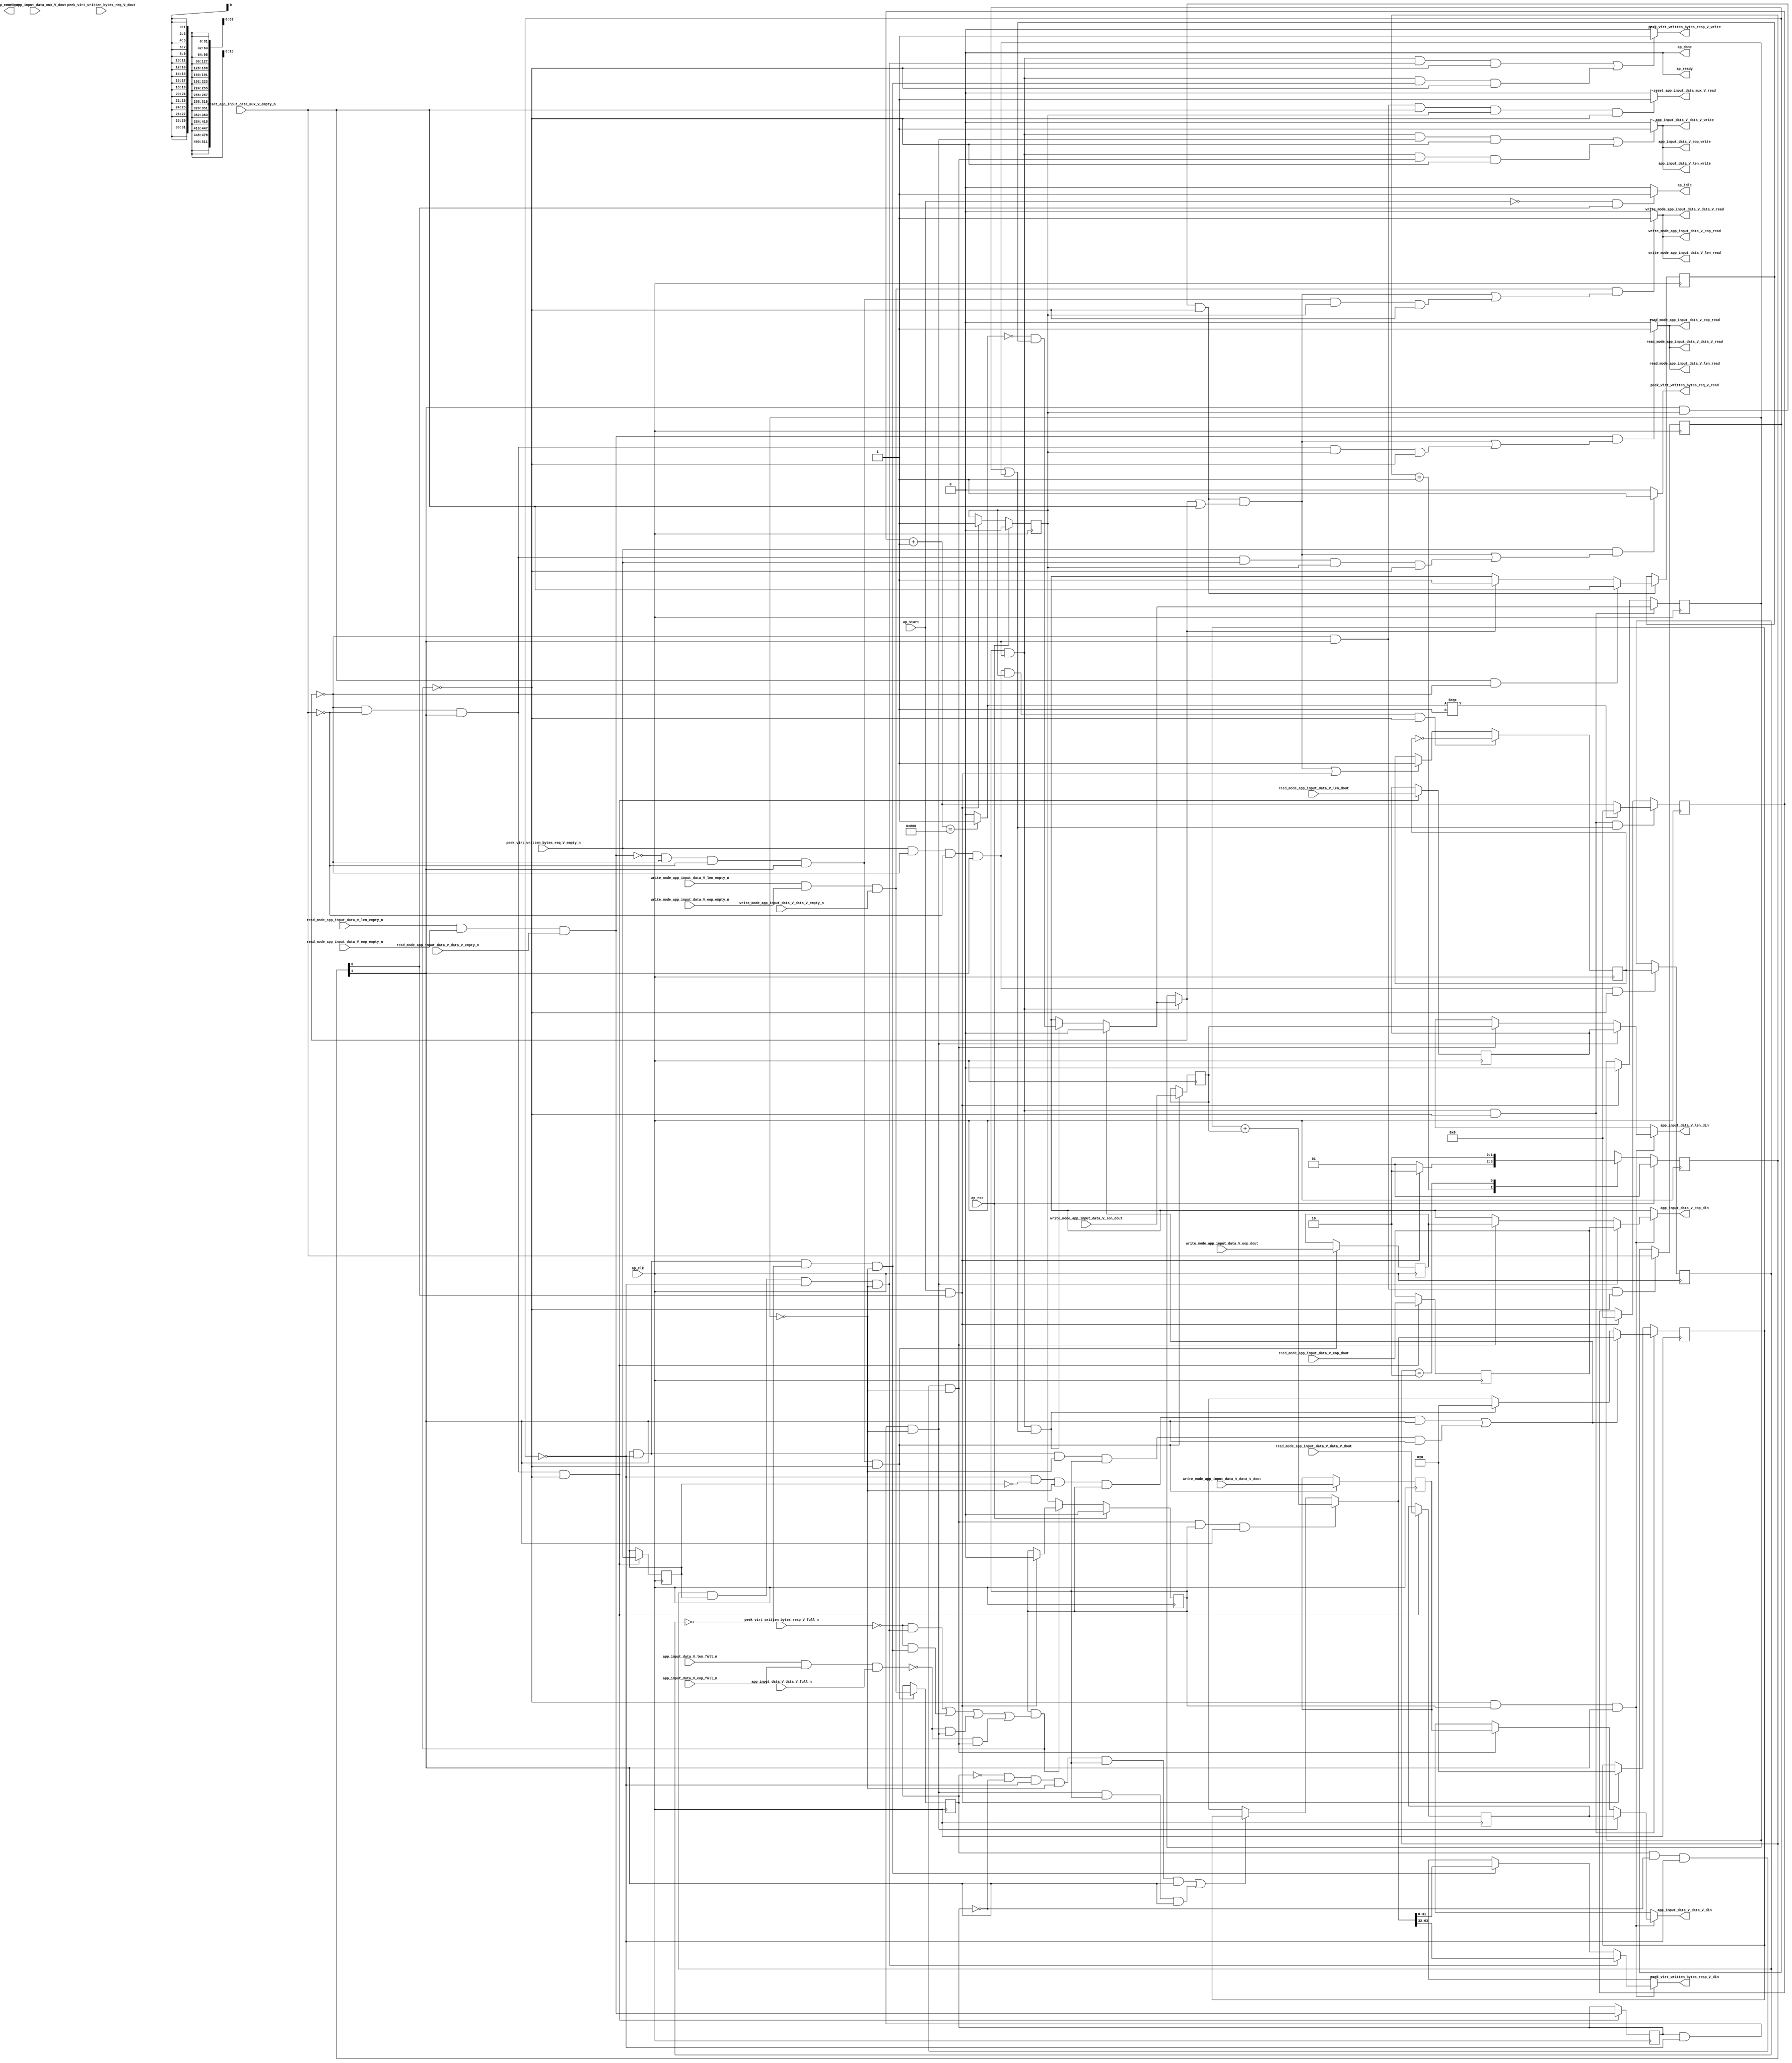
// ==============================================================
// RTL generated by Vivado(TM) HLS - High-Level Synthesis from C, C++ and SystemC
// Version: 2017.4.op
// Copyright (C) 1986-2018 Xilinx, Inc. All Rights Reserved.
// 
// ===========================================================

`timescale 1 ns / 1 ps 

(* CORE_GENERATION_INFO="app_input_data_mux,hls_ip_2017_4_op,{HLS_INPUT_TYPE=cxx,HLS_INPUT_FLOAT=0,HLS_INPUT_FIXED=0,HLS_INPUT_PART=xcvu9p-flgb2104-2-i,HLS_INPUT_CLOCK=4.000000,HLS_INPUT_ARCH=others,HLS_SYN_CLOCK=3.208000,HLS_SYN_LAT=-1,HLS_SYN_TPT=none,HLS_SYN_MEM=0,HLS_SYN_DSP=0,HLS_SYN_FF=1166,HLS_SYN_LUT=522}" *)

module app_input_data_mux (
        ap_clk,
        ap_rst,
        ap_start,
        ap_done,
ap_continue,
        ap_idle,
        ap_ready,
        read_mode_app_input_data_V_data_V_dout,
        read_mode_app_input_data_V_data_V_empty_n,
        read_mode_app_input_data_V_data_V_read,
        read_mode_app_input_data_V_len_dout,
        read_mode_app_input_data_V_len_empty_n,
        read_mode_app_input_data_V_len_read,
        read_mode_app_input_data_V_eop_dout,
        read_mode_app_input_data_V_eop_empty_n,
        read_mode_app_input_data_V_eop_read,
        write_mode_app_input_data_V_data_V_dout,
        write_mode_app_input_data_V_data_V_empty_n,
        write_mode_app_input_data_V_data_V_read,
        write_mode_app_input_data_V_len_dout,
        write_mode_app_input_data_V_len_empty_n,
        write_mode_app_input_data_V_len_read,
        write_mode_app_input_data_V_eop_dout,
        write_mode_app_input_data_V_eop_empty_n,
        write_mode_app_input_data_V_eop_read,
        app_input_data_V_data_V_din,
        app_input_data_V_data_V_full_n,
        app_input_data_V_data_V_write,
        app_input_data_V_len_din,
        app_input_data_V_len_full_n,
        app_input_data_V_len_write,
        app_input_data_V_eop_din,
        app_input_data_V_eop_full_n,
        app_input_data_V_eop_write,
        peek_virt_written_bytes_req_V_dout,
        peek_virt_written_bytes_req_V_empty_n,
        peek_virt_written_bytes_req_V_read,
        peek_virt_written_bytes_resp_V_din,
        peek_virt_written_bytes_resp_V_full_n,
        peek_virt_written_bytes_resp_V_write,
        reset_app_input_data_mux_V_dout,
        reset_app_input_data_mux_V_empty_n,
        reset_app_input_data_mux_V_read
);

parameter    ap_ST_fsm_state1 = 2'd1;
parameter    ap_ST_fsm_pp0_stage0 = 2'd2;

input   ap_clk;
input   ap_rst;
input   ap_start;
output   ap_done;
output   ap_idle;
output ap_ready; output ap_continue;
input  [511:0] read_mode_app_input_data_V_data_V_dout;
input   read_mode_app_input_data_V_data_V_empty_n;
output   read_mode_app_input_data_V_data_V_read;
input  [15:0] read_mode_app_input_data_V_len_dout;
input   read_mode_app_input_data_V_len_empty_n;
output   read_mode_app_input_data_V_len_read;
input   read_mode_app_input_data_V_eop_dout;
input   read_mode_app_input_data_V_eop_empty_n;
output   read_mode_app_input_data_V_eop_read;
input  [511:0] write_mode_app_input_data_V_data_V_dout;
input   write_mode_app_input_data_V_data_V_empty_n;
output   write_mode_app_input_data_V_data_V_read;
input  [15:0] write_mode_app_input_data_V_len_dout;
input   write_mode_app_input_data_V_len_empty_n;
output   write_mode_app_input_data_V_len_read;
input   write_mode_app_input_data_V_eop_dout;
input   write_mode_app_input_data_V_eop_empty_n;
output   write_mode_app_input_data_V_eop_read;
output  [511:0] app_input_data_V_data_V_din;
input   app_input_data_V_data_V_full_n;
output   app_input_data_V_data_V_write;
output  [15:0] app_input_data_V_len_din;
input   app_input_data_V_len_full_n;
output   app_input_data_V_len_write;
output   app_input_data_V_eop_din;
input   app_input_data_V_eop_full_n;
output   app_input_data_V_eop_write;
input  [31:0] peek_virt_written_bytes_req_V_dout;
input   peek_virt_written_bytes_req_V_empty_n;
output   peek_virt_written_bytes_req_V_read;
output  [31:0] peek_virt_written_bytes_resp_V_din;
input   peek_virt_written_bytes_resp_V_full_n;
output   peek_virt_written_bytes_resp_V_write;
input   reset_app_input_data_mux_V_dout;
input   reset_app_input_data_mux_V_empty_n;
output   reset_app_input_data_mux_V_read;

reg ap_idle;
reg[511:0] app_input_data_V_data_V_din;
reg[15:0] app_input_data_V_len_din;
reg app_input_data_V_eop_din;
reg peek_virt_written_bytes_req_V_read;
reg[31:0] peek_virt_written_bytes_resp_V_din;
reg peek_virt_written_bytes_resp_V_write;
reg reset_app_input_data_mux_V_read;

(* fsm_encoding = "none" *) reg   [1:0] ap_CS_fsm;
wire    ap_CS_fsm_state1;
reg    app_input_data_V_data_V_blk_n;
wire    ap_CS_fsm_pp0_stage0;
reg    ap_enable_reg_pp0_iter1;
wire    ap_block_pp0_stage0;
reg   [0:0] reset_reg_282;
reg   [0:0] empty_n_7_reg_508;
reg   [0:0] empty_n_4_reg_513;
reg   [0:0] empty_n_5_reg_532;
reg    app_input_data_V_len_blk_n;
reg    app_input_data_V_eop_blk_n;
reg    peek_virt_written_bytes_resp_V_blk_n;
reg   [0:0] empty_n_6_reg_552;
reg   [0:0] peek_first_half_load_1_reg_556;
reg   [63:0] virt_written_bytes_reg_294;
wire   [0:0] empty_n_7_fu_369_p1;
wire    ap_block_state2_pp0_stage0_iter0;
wire    app_input_data_V_len1_status;
reg    ap_predicate_op64_write_state3;
reg    ap_predicate_op68_write_state3;
reg    ap_predicate_op74_write_state3;
reg    ap_predicate_op77_write_state3;
reg    ap_block_state3_pp0_stage0_iter1;
reg    ap_block_pp0_stage0_11001;
reg   [0:0] ap_phi_mux_reset_phi_fu_286_p4;
wire   [0:0] empty_n_4_fu_373_p1;
reg   [511:0] tmp_data_V_reg_517;
reg   [15:0] tmp_len_reg_522;
reg   [0:0] tmp_eop_reg_527;
reg   [511:0] tmp_data_V_1_reg_536;
reg   [15:0] tmp_len_1_reg_541;
reg   [0:0] tmp_eop_1_reg_547;
wire   [0:0] empty_n_6_fu_405_p1;
reg    ap_enable_reg_pp0_iter0;
reg    ap_block_pp0_stage0_subdone;
reg   [0:0] ap_phi_mux_reset_3_phi_fu_332_p6;
reg   [63:0] ap_phi_mux_virt_written_bytes_3_phi_fu_347_p6;
reg   [63:0] ap_phi_mux_virt_written_bytes_2_phi_fu_308_p6;
wire   [63:0] ap_phi_reg_pp0_iter1_virt_written_bytes_2_reg_305;
wire   [63:0] virt_written_bytes_1_fu_429_p2;
wire   [0:0] ap_phi_reg_pp0_iter0_reset_1_reg_318;
reg   [0:0] ap_phi_reg_pp0_iter1_reset_1_reg_318;
wire   [0:0] p_reset_1_fu_473_p2;
wire   [0:0] ap_phi_reg_pp0_iter1_reset_3_reg_328;
wire   [63:0] ap_phi_reg_pp0_iter1_virt_written_bytes_3_reg_343;
reg    read_mode_app_input_data_V_len0_update;
wire   [0:0] grp_nbread_fu_236_p4_0;
reg    write_mode_app_input_data_V_len0_update;
wire   [0:0] grp_nbread_fu_246_p4_0;
reg    app_input_data_V_len1_update;
reg    ap_block_pp0_stage0_01001;
wire   [31:0] tmp_1_fu_436_p1;
reg   [31:0] reset_cnt_fu_222;
wire   [31:0] p_s_fu_480_p3;
reg   [0:0] peek_first_half_fu_226;
wire   [0:0] peek_first_half_1_fu_415_p2;
wire   [63:0] tmp_s_fu_426_p1;
wire   [31:0] reset_cnt_1_fu_455_p2;
wire   [0:0] tmp_5_fu_461_p2;
wire   [0:0] not_s_fu_467_p2;
reg   [1:0] ap_NS_fsm;
reg    ap_idle_pp0;
wire    ap_enable_pp0;
reg    ap_condition_210;
reg    ap_condition_278;

// power-on initialization
initial begin
#0 ap_CS_fsm = 2'd1;
#0 ap_enable_reg_pp0_iter1 = 1'b0;
#0 ap_enable_reg_pp0_iter0 = 1'b0;
end

always @ (posedge ap_clk) begin
    if (ap_rst == 1'b1) begin
        ap_CS_fsm <= ap_ST_fsm_state1;
    end else begin
        ap_CS_fsm <= ap_NS_fsm;
    end
end

always @ (posedge ap_clk) begin
    if (ap_rst == 1'b1) begin
        ap_enable_reg_pp0_iter0 <= 1'b0;
    end else begin
        if (((ap_start == 1'b1) & (1'b1 == ap_CS_fsm_state1))) begin
            ap_enable_reg_pp0_iter0 <= 1'b1;
        end
    end
end

always @ (posedge ap_clk) begin
    if (ap_rst == 1'b1) begin
        ap_enable_reg_pp0_iter1 <= 1'b0;
    end else begin
        if ((1'b0 == ap_block_pp0_stage0_subdone)) begin
            ap_enable_reg_pp0_iter1 <= ap_enable_reg_pp0_iter0;
        end else if (((ap_start == 1'b1) & (1'b1 == ap_CS_fsm_state1))) begin
            ap_enable_reg_pp0_iter1 <= 1'b0;
        end
    end
end

always @ (posedge ap_clk) begin
    if ((1'b1 == ap_condition_210)) begin
        if (((empty_n_7_fu_369_p1 == 1'd1) & (ap_phi_mux_reset_phi_fu_286_p4 == 1'd0))) begin
            ap_phi_reg_pp0_iter1_reset_1_reg_318 <= reset_app_input_data_mux_V_empty_n;
        end else if ((ap_phi_mux_reset_phi_fu_286_p4 == 1'd1)) begin
            ap_phi_reg_pp0_iter1_reset_1_reg_318 <= ap_phi_mux_reset_phi_fu_286_p4;
        end else if ((1'b1 == 1'b1)) begin
            ap_phi_reg_pp0_iter1_reset_1_reg_318 <= ap_phi_reg_pp0_iter0_reset_1_reg_318;
        end
    end
end

always @ (posedge ap_clk) begin
    if (((empty_n_6_fu_405_p1 == 1'd1) & (ap_phi_mux_reset_phi_fu_286_p4 == 1'd0) & (empty_n_7_fu_369_p1 == 1'd0) & (1'b1 == ap_CS_fsm_pp0_stage0) & (ap_enable_reg_pp0_iter0 == 1'b1) & (1'b0 == ap_block_pp0_stage0_11001))) begin
        peek_first_half_fu_226 <= peek_first_half_1_fu_415_p2;
    end else if ((((1'b1 == ap_CS_fsm_pp0_stage0) & (ap_enable_reg_pp0_iter0 == 1'b1) & (1'b0 == ap_block_pp0_stage0_11001) & ((ap_phi_mux_reset_phi_fu_286_p4 == 1'd1) | (empty_n_7_fu_369_p1 == 1'd1))) | ((ap_start == 1'b1) & (1'b1 == ap_CS_fsm_state1)))) begin
        peek_first_half_fu_226 <= 1'd1;
    end
end

always @ (posedge ap_clk) begin
    if (((ap_enable_reg_pp0_iter1 == 1'b1) & (1'b1 == ap_CS_fsm_pp0_stage0) & (1'b0 == ap_block_pp0_stage0_11001) & ((empty_n_7_reg_508 == 1'd1) | (reset_reg_282 == 1'd1)))) begin
        reset_cnt_fu_222 <= p_s_fu_480_p3;
    end else if (((ap_start == 1'b1) & (1'b1 == ap_CS_fsm_state1))) begin
        reset_cnt_fu_222 <= 32'd0;
    end
end

always @ (posedge ap_clk) begin
    if (((ap_enable_reg_pp0_iter1 == 1'b1) & (1'b1 == ap_CS_fsm_pp0_stage0) & (1'b0 == ap_block_pp0_stage0_11001))) begin
        reset_reg_282 <= ap_phi_mux_reset_3_phi_fu_332_p6;
    end else if (((ap_start == 1'b1) & (1'b1 == ap_CS_fsm_state1))) begin
        reset_reg_282 <= 1'd0;
    end
end

always @ (posedge ap_clk) begin
    if (((ap_enable_reg_pp0_iter1 == 1'b1) & (1'b1 == ap_CS_fsm_pp0_stage0) & (1'b0 == ap_block_pp0_stage0_11001))) begin
        virt_written_bytes_reg_294 <= ap_phi_mux_virt_written_bytes_3_phi_fu_347_p6;
    end else if (((ap_start == 1'b1) & (1'b1 == ap_CS_fsm_state1))) begin
        virt_written_bytes_reg_294 <= 64'd0;
    end
end

always @ (posedge ap_clk) begin
    if (((ap_phi_mux_reset_phi_fu_286_p4 == 1'd0) & (empty_n_7_fu_369_p1 == 1'd0) & (1'b1 == ap_CS_fsm_pp0_stage0) & (1'b0 == ap_block_pp0_stage0_11001))) begin
        empty_n_4_reg_513 <= grp_nbread_fu_236_p4_0;
        empty_n_6_reg_552 <= peek_virt_written_bytes_req_V_empty_n;
        tmp_data_V_reg_517 <= read_mode_app_input_data_V_data_V_dout;
        tmp_eop_reg_527 <= read_mode_app_input_data_V_eop_dout;
        tmp_len_reg_522 <= read_mode_app_input_data_V_len_dout;
    end
end

always @ (posedge ap_clk) begin
    if (((empty_n_4_fu_373_p1 == 1'd0) & (ap_phi_mux_reset_phi_fu_286_p4 == 1'd0) & (empty_n_7_fu_369_p1 == 1'd0) & (1'b1 == ap_CS_fsm_pp0_stage0) & (1'b0 == ap_block_pp0_stage0_11001))) begin
        empty_n_5_reg_532 <= grp_nbread_fu_246_p4_0;
        tmp_data_V_1_reg_536 <= write_mode_app_input_data_V_data_V_dout;
        tmp_eop_1_reg_547 <= write_mode_app_input_data_V_eop_dout;
        tmp_len_1_reg_541 <= write_mode_app_input_data_V_len_dout;
    end
end

always @ (posedge ap_clk) begin
    if (((ap_phi_mux_reset_phi_fu_286_p4 == 1'd0) & (1'b1 == ap_CS_fsm_pp0_stage0) & (1'b0 == ap_block_pp0_stage0_11001))) begin
        empty_n_7_reg_508 <= reset_app_input_data_mux_V_empty_n;
    end
end

always @ (posedge ap_clk) begin
    if (((empty_n_6_fu_405_p1 == 1'd1) & (ap_phi_mux_reset_phi_fu_286_p4 == 1'd0) & (empty_n_7_fu_369_p1 == 1'd0) & (1'b1 == ap_CS_fsm_pp0_stage0) & (1'b0 == ap_block_pp0_stage0_11001))) begin
        peek_first_half_load_1_reg_556 <= peek_first_half_fu_226;
    end
end

always @ (*) begin
    if (((ap_start == 1'b0) & (1'b1 == ap_CS_fsm_state1))) begin
        ap_idle = 1'b1;
    end else begin
        ap_idle = 1'b0;
    end
end

always @ (*) begin
    if (((ap_enable_reg_pp0_iter1 == 1'b0) & (ap_enable_reg_pp0_iter0 == 1'b0))) begin
        ap_idle_pp0 = 1'b1;
    end else begin
        ap_idle_pp0 = 1'b0;
    end
end

always @ (*) begin
    if ((((empty_n_7_reg_508 == 1'd0) & (empty_n_6_reg_552 == 1'd0) & (reset_reg_282 == 1'd0) & (1'b0 == ap_block_pp0_stage0) & (ap_enable_reg_pp0_iter1 == 1'b1) & (1'b1 == ap_CS_fsm_pp0_stage0)) | ((empty_n_6_reg_552 == 1'd1) & (empty_n_7_reg_508 == 1'd0) & (reset_reg_282 == 1'd0) & (1'b0 == ap_block_pp0_stage0) & (ap_enable_reg_pp0_iter1 == 1'b1) & (1'b1 == ap_CS_fsm_pp0_stage0)))) begin
        ap_phi_mux_reset_3_phi_fu_332_p6 = 1'd0;
    end else if (((1'b0 == ap_block_pp0_stage0) & (ap_enable_reg_pp0_iter1 == 1'b1) & (1'b1 == ap_CS_fsm_pp0_stage0) & ((empty_n_7_reg_508 == 1'd1) | (reset_reg_282 == 1'd1)))) begin
        ap_phi_mux_reset_3_phi_fu_332_p6 = p_reset_1_fu_473_p2;
    end else begin
        ap_phi_mux_reset_3_phi_fu_332_p6 = ap_phi_reg_pp0_iter1_reset_3_reg_328;
    end
end

always @ (*) begin
    if (((1'b0 == ap_block_pp0_stage0) & (ap_enable_reg_pp0_iter1 == 1'b1) & (1'b1 == ap_CS_fsm_pp0_stage0))) begin
        ap_phi_mux_reset_phi_fu_286_p4 = ap_phi_mux_reset_3_phi_fu_332_p6;
    end else begin
        ap_phi_mux_reset_phi_fu_286_p4 = reset_reg_282;
    end
end

always @ (*) begin
    if (((empty_n_5_reg_532 == 1'd1) & (empty_n_4_reg_513 == 1'd0) & (empty_n_7_reg_508 == 1'd0) & (reset_reg_282 == 1'd0) & (1'b0 == ap_block_pp0_stage0) & (ap_enable_reg_pp0_iter1 == 1'b1) & (1'b1 == ap_CS_fsm_pp0_stage0))) begin
        ap_phi_mux_virt_written_bytes_2_phi_fu_308_p6 = virt_written_bytes_1_fu_429_p2;
    end else if ((((empty_n_5_reg_532 == 1'd0) & (empty_n_4_reg_513 == 1'd0) & (empty_n_7_reg_508 == 1'd0) & (reset_reg_282 == 1'd0) & (1'b0 == ap_block_pp0_stage0) & (ap_enable_reg_pp0_iter1 == 1'b1) & (1'b1 == ap_CS_fsm_pp0_stage0)) | ((empty_n_4_reg_513 == 1'd1) & (empty_n_7_reg_508 == 1'd0) & (reset_reg_282 == 1'd0) & (1'b0 == ap_block_pp0_stage0) & (ap_enable_reg_pp0_iter1 == 1'b1) & (1'b1 == ap_CS_fsm_pp0_stage0)))) begin
        ap_phi_mux_virt_written_bytes_2_phi_fu_308_p6 = virt_written_bytes_reg_294;
    end else begin
        ap_phi_mux_virt_written_bytes_2_phi_fu_308_p6 = ap_phi_reg_pp0_iter1_virt_written_bytes_2_reg_305;
    end
end

always @ (*) begin
    if ((((empty_n_7_reg_508 == 1'd0) & (empty_n_6_reg_552 == 1'd0) & (reset_reg_282 == 1'd0) & (1'b0 == ap_block_pp0_stage0) & (ap_enable_reg_pp0_iter1 == 1'b1) & (1'b1 == ap_CS_fsm_pp0_stage0)) | ((empty_n_6_reg_552 == 1'd1) & (empty_n_7_reg_508 == 1'd0) & (reset_reg_282 == 1'd0) & (1'b0 == ap_block_pp0_stage0) & (ap_enable_reg_pp0_iter1 == 1'b1) & (1'b1 == ap_CS_fsm_pp0_stage0)))) begin
        ap_phi_mux_virt_written_bytes_3_phi_fu_347_p6 = ap_phi_mux_virt_written_bytes_2_phi_fu_308_p6;
    end else if (((1'b0 == ap_block_pp0_stage0) & (ap_enable_reg_pp0_iter1 == 1'b1) & (1'b1 == ap_CS_fsm_pp0_stage0) & ((empty_n_7_reg_508 == 1'd1) | (reset_reg_282 == 1'd1)))) begin
        ap_phi_mux_virt_written_bytes_3_phi_fu_347_p6 = 64'd0;
    end else begin
        ap_phi_mux_virt_written_bytes_3_phi_fu_347_p6 = ap_phi_reg_pp0_iter1_virt_written_bytes_3_reg_343;
    end
end

always @ (*) begin
    if ((((empty_n_5_reg_532 == 1'd1) & (empty_n_4_reg_513 == 1'd0) & (empty_n_7_reg_508 == 1'd0) & (reset_reg_282 == 1'd0) & (1'b0 == ap_block_pp0_stage0) & (ap_enable_reg_pp0_iter1 == 1'b1) & (1'b1 == ap_CS_fsm_pp0_stage0)) | ((empty_n_4_reg_513 == 1'd1) & (empty_n_7_reg_508 == 1'd0) & (reset_reg_282 == 1'd0) & (1'b0 == ap_block_pp0_stage0) & (ap_enable_reg_pp0_iter1 == 1'b1) & (1'b1 == ap_CS_fsm_pp0_stage0)))) begin
        app_input_data_V_data_V_blk_n = app_input_data_V_data_V_full_n;
    end else begin
        app_input_data_V_data_V_blk_n = 1'b1;
    end
end

always @ (*) begin
    if ((1'b1 == ap_condition_278)) begin
        if ((ap_predicate_op68_write_state3 == 1'b1)) begin
            app_input_data_V_data_V_din = tmp_data_V_reg_517;
        end else if ((ap_predicate_op64_write_state3 == 1'b1)) begin
            app_input_data_V_data_V_din = tmp_data_V_1_reg_536;
        end else begin
            app_input_data_V_data_V_din = 'bx;
        end
    end else begin
        app_input_data_V_data_V_din = 'bx;
    end
end

always @ (*) begin
    if ((((empty_n_5_reg_532 == 1'd1) & (empty_n_4_reg_513 == 1'd0) & (empty_n_7_reg_508 == 1'd0) & (reset_reg_282 == 1'd0) & (1'b0 == ap_block_pp0_stage0) & (ap_enable_reg_pp0_iter1 == 1'b1) & (1'b1 == ap_CS_fsm_pp0_stage0)) | ((empty_n_4_reg_513 == 1'd1) & (empty_n_7_reg_508 == 1'd0) & (reset_reg_282 == 1'd0) & (1'b0 == ap_block_pp0_stage0) & (ap_enable_reg_pp0_iter1 == 1'b1) & (1'b1 == ap_CS_fsm_pp0_stage0)))) begin
        app_input_data_V_eop_blk_n = app_input_data_V_eop_full_n;
    end else begin
        app_input_data_V_eop_blk_n = 1'b1;
    end
end

always @ (*) begin
    if ((1'b1 == ap_condition_278)) begin
        if ((ap_predicate_op68_write_state3 == 1'b1)) begin
            app_input_data_V_eop_din = tmp_eop_reg_527;
        end else if ((ap_predicate_op64_write_state3 == 1'b1)) begin
            app_input_data_V_eop_din = tmp_eop_1_reg_547;
        end else begin
            app_input_data_V_eop_din = 'bx;
        end
    end else begin
        app_input_data_V_eop_din = 'bx;
    end
end

always @ (*) begin
    if ((((ap_enable_reg_pp0_iter1 == 1'b1) & (1'b1 == ap_CS_fsm_pp0_stage0) & (ap_predicate_op68_write_state3 == 1'b1) & (1'b0 == ap_block_pp0_stage0_11001)) | ((ap_enable_reg_pp0_iter1 == 1'b1) & (1'b1 == ap_CS_fsm_pp0_stage0) & (ap_predicate_op64_write_state3 == 1'b1) & (1'b0 == ap_block_pp0_stage0_11001)))) begin
        app_input_data_V_len1_update = 1'b1;
    end else begin
        app_input_data_V_len1_update = 1'b0;
    end
end

always @ (*) begin
    if ((((empty_n_5_reg_532 == 1'd1) & (empty_n_4_reg_513 == 1'd0) & (empty_n_7_reg_508 == 1'd0) & (reset_reg_282 == 1'd0) & (1'b0 == ap_block_pp0_stage0) & (ap_enable_reg_pp0_iter1 == 1'b1) & (1'b1 == ap_CS_fsm_pp0_stage0)) | ((empty_n_4_reg_513 == 1'd1) & (empty_n_7_reg_508 == 1'd0) & (reset_reg_282 == 1'd0) & (1'b0 == ap_block_pp0_stage0) & (ap_enable_reg_pp0_iter1 == 1'b1) & (1'b1 == ap_CS_fsm_pp0_stage0)))) begin
        app_input_data_V_len_blk_n = app_input_data_V_len_full_n;
    end else begin
        app_input_data_V_len_blk_n = 1'b1;
    end
end

always @ (*) begin
    if ((1'b1 == ap_condition_278)) begin
        if ((ap_predicate_op68_write_state3 == 1'b1)) begin
            app_input_data_V_len_din = tmp_len_reg_522;
        end else if ((ap_predicate_op64_write_state3 == 1'b1)) begin
            app_input_data_V_len_din = tmp_len_1_reg_541;
        end else begin
            app_input_data_V_len_din = 'bx;
        end
    end else begin
        app_input_data_V_len_din = 'bx;
    end
end

always @ (*) begin
    if (((peek_virt_written_bytes_req_V_empty_n == 1'b1) & (((1'b1 == ap_CS_fsm_pp0_stage0) & (ap_enable_reg_pp0_iter0 == 1'b1) & (1'b0 == ap_block_pp0_stage0_11001) & ((ap_phi_mux_reset_phi_fu_286_p4 == 1'd1) | (empty_n_7_fu_369_p1 == 1'd1))) | ((ap_phi_mux_reset_phi_fu_286_p4 == 1'd0) & (empty_n_7_fu_369_p1 == 1'd0) & (1'b1 == ap_CS_fsm_pp0_stage0) & (peek_virt_written_bytes_req_V_empty_n == 1'b1) & (ap_enable_reg_pp0_iter0 == 1'b1) & (1'b0 == ap_block_pp0_stage0_11001))))) begin
        peek_virt_written_bytes_req_V_read = 1'b1;
    end else begin
        peek_virt_written_bytes_req_V_read = 1'b0;
    end
end

always @ (*) begin
    if ((((empty_n_6_reg_552 == 1'd1) & (empty_n_7_reg_508 == 1'd0) & (peek_first_half_load_1_reg_556 == 1'd0) & (reset_reg_282 == 1'd0) & (1'b0 == ap_block_pp0_stage0) & (ap_enable_reg_pp0_iter1 == 1'b1) & (1'b1 == ap_CS_fsm_pp0_stage0)) | ((peek_first_half_load_1_reg_556 == 1'd1) & (empty_n_6_reg_552 == 1'd1) & (empty_n_7_reg_508 == 1'd0) & (reset_reg_282 == 1'd0) & (1'b0 == ap_block_pp0_stage0) & (ap_enable_reg_pp0_iter1 == 1'b1) & (1'b1 == ap_CS_fsm_pp0_stage0)))) begin
        peek_virt_written_bytes_resp_V_blk_n = peek_virt_written_bytes_resp_V_full_n;
    end else begin
        peek_virt_written_bytes_resp_V_blk_n = 1'b1;
    end
end

always @ (*) begin
    if ((1'b1 == ap_condition_278)) begin
        if ((ap_predicate_op77_write_state3 == 1'b1)) begin
            peek_virt_written_bytes_resp_V_din = {{ap_phi_mux_virt_written_bytes_2_phi_fu_308_p6[63:32]}};
        end else if ((ap_predicate_op74_write_state3 == 1'b1)) begin
            peek_virt_written_bytes_resp_V_din = tmp_1_fu_436_p1;
        end else begin
            peek_virt_written_bytes_resp_V_din = 'bx;
        end
    end else begin
        peek_virt_written_bytes_resp_V_din = 'bx;
    end
end

always @ (*) begin
    if ((((ap_enable_reg_pp0_iter1 == 1'b1) & (1'b1 == ap_CS_fsm_pp0_stage0) & (ap_predicate_op77_write_state3 == 1'b1) & (1'b0 == ap_block_pp0_stage0_11001)) | ((ap_enable_reg_pp0_iter1 == 1'b1) & (1'b1 == ap_CS_fsm_pp0_stage0) & (ap_predicate_op74_write_state3 == 1'b1) & (1'b0 == ap_block_pp0_stage0_11001)))) begin
        peek_virt_written_bytes_resp_V_write = 1'b1;
    end else begin
        peek_virt_written_bytes_resp_V_write = 1'b0;
    end
end

always @ (*) begin
    if ((((read_mode_app_input_data_V_len_empty_n & read_mode_app_input_data_V_eop_empty_n & read_mode_app_input_data_V_data_V_empty_n) == 1'b1) & (((1'b1 == ap_CS_fsm_pp0_stage0) & (ap_enable_reg_pp0_iter0 == 1'b1) & (1'b0 == ap_block_pp0_stage0_11001) & ((ap_phi_mux_reset_phi_fu_286_p4 == 1'd1) | (empty_n_7_fu_369_p1 == 1'd1))) | ((ap_phi_mux_reset_phi_fu_286_p4 == 1'd0) & (empty_n_7_fu_369_p1 == 1'd0) & (1'b1 == ap_CS_fsm_pp0_stage0) & (ap_enable_reg_pp0_iter0 == 1'b1) & (1'b0 == ap_block_pp0_stage0_11001))))) begin
        read_mode_app_input_data_V_len0_update = 1'b1;
    end else begin
        read_mode_app_input_data_V_len0_update = 1'b0;
    end
end

always @ (*) begin
    if (((ap_phi_mux_reset_phi_fu_286_p4 == 1'd0) & (1'b1 == ap_CS_fsm_pp0_stage0) & (reset_app_input_data_mux_V_empty_n == 1'b1) & (ap_enable_reg_pp0_iter0 == 1'b1) & (1'b0 == ap_block_pp0_stage0_11001))) begin
        reset_app_input_data_mux_V_read = 1'b1;
    end else begin
        reset_app_input_data_mux_V_read = 1'b0;
    end
end

always @ (*) begin
    if ((((write_mode_app_input_data_V_len_empty_n & write_mode_app_input_data_V_eop_empty_n & write_mode_app_input_data_V_data_V_empty_n) == 1'b1) & (((1'b1 == ap_CS_fsm_pp0_stage0) & (ap_enable_reg_pp0_iter0 == 1'b1) & (1'b0 == ap_block_pp0_stage0_11001) & ((ap_phi_mux_reset_phi_fu_286_p4 == 1'd1) | (empty_n_7_fu_369_p1 == 1'd1))) | ((empty_n_4_fu_373_p1 == 1'd0) & (ap_phi_mux_reset_phi_fu_286_p4 == 1'd0) & (empty_n_7_fu_369_p1 == 1'd0) & (1'b1 == ap_CS_fsm_pp0_stage0) & (ap_enable_reg_pp0_iter0 == 1'b1) & (1'b0 == ap_block_pp0_stage0_11001))))) begin
        write_mode_app_input_data_V_len0_update = 1'b1;
    end else begin
        write_mode_app_input_data_V_len0_update = 1'b0;
    end
end

always @ (*) begin
    case (ap_CS_fsm)
        ap_ST_fsm_state1 : begin
            if (((ap_start == 1'b1) & (1'b1 == ap_CS_fsm_state1))) begin
                ap_NS_fsm = ap_ST_fsm_pp0_stage0;
            end else begin
                ap_NS_fsm = ap_ST_fsm_state1;
            end
        end
        ap_ST_fsm_pp0_stage0 : begin
            ap_NS_fsm = ap_ST_fsm_pp0_stage0;
        end
        default : begin
            ap_NS_fsm = 'bx;
        end
    endcase
end

assign ap_CS_fsm_pp0_stage0 = ap_CS_fsm[32'd1];

assign ap_CS_fsm_state1 = ap_CS_fsm[32'd0];

assign ap_block_pp0_stage0 = ~(1'b1 == 1'b1);

always @ (*) begin
    ap_block_pp0_stage0_01001 = ((ap_enable_reg_pp0_iter1 == 1'b1) & (((peek_virt_written_bytes_resp_V_full_n == 1'b0) & (ap_predicate_op77_write_state3 == 1'b1)) | ((peek_virt_written_bytes_resp_V_full_n == 1'b0) & (ap_predicate_op74_write_state3 == 1'b1)) | ((app_input_data_V_len1_status == 1'b0) & (ap_predicate_op68_write_state3 == 1'b1)) | ((app_input_data_V_len1_status == 1'b0) & (ap_predicate_op64_write_state3 == 1'b1))));
end

always @ (*) begin
    ap_block_pp0_stage0_11001 = ((ap_enable_reg_pp0_iter1 == 1'b1) & (((peek_virt_written_bytes_resp_V_full_n == 1'b0) & (ap_predicate_op77_write_state3 == 1'b1)) | ((peek_virt_written_bytes_resp_V_full_n == 1'b0) & (ap_predicate_op74_write_state3 == 1'b1)) | ((app_input_data_V_len1_status == 1'b0) & (ap_predicate_op68_write_state3 == 1'b1)) | ((app_input_data_V_len1_status == 1'b0) & (ap_predicate_op64_write_state3 == 1'b1))));
end

always @ (*) begin
    ap_block_pp0_stage0_subdone = ((ap_enable_reg_pp0_iter1 == 1'b1) & (((peek_virt_written_bytes_resp_V_full_n == 1'b0) & (ap_predicate_op77_write_state3 == 1'b1)) | ((peek_virt_written_bytes_resp_V_full_n == 1'b0) & (ap_predicate_op74_write_state3 == 1'b1)) | ((app_input_data_V_len1_status == 1'b0) & (ap_predicate_op68_write_state3 == 1'b1)) | ((app_input_data_V_len1_status == 1'b0) & (ap_predicate_op64_write_state3 == 1'b1))));
end

assign ap_block_state2_pp0_stage0_iter0 = ~(1'b1 == 1'b1);

always @ (*) begin
    ap_block_state3_pp0_stage0_iter1 = (((peek_virt_written_bytes_resp_V_full_n == 1'b0) & (ap_predicate_op77_write_state3 == 1'b1)) | ((peek_virt_written_bytes_resp_V_full_n == 1'b0) & (ap_predicate_op74_write_state3 == 1'b1)) | ((app_input_data_V_len1_status == 1'b0) & (ap_predicate_op68_write_state3 == 1'b1)) | ((app_input_data_V_len1_status == 1'b0) & (ap_predicate_op64_write_state3 == 1'b1)));
end

always @ (*) begin
    ap_condition_210 = ((1'b1 == ap_CS_fsm_pp0_stage0) & (ap_enable_reg_pp0_iter0 == 1'b1) & (1'b0 == ap_block_pp0_stage0_11001));
end

always @ (*) begin
    ap_condition_278 = ((1'b0 == ap_block_pp0_stage0_01001) & (ap_enable_reg_pp0_iter1 == 1'b1) & (1'b1 == ap_CS_fsm_pp0_stage0));
end

assign ap_done = 1'b0;

assign ap_enable_pp0 = (ap_idle_pp0 ^ 1'b1);

assign ap_phi_reg_pp0_iter0_reset_1_reg_318 = 'bx;

assign ap_phi_reg_pp0_iter1_reset_3_reg_328 = 'bx;

assign ap_phi_reg_pp0_iter1_virt_written_bytes_2_reg_305 = 'bx;

assign ap_phi_reg_pp0_iter1_virt_written_bytes_3_reg_343 = 'bx;

always @ (*) begin
    ap_predicate_op64_write_state3 = ((empty_n_5_reg_532 == 1'd1) & (empty_n_4_reg_513 == 1'd0) & (empty_n_7_reg_508 == 1'd0) & (reset_reg_282 == 1'd0));
end

always @ (*) begin
    ap_predicate_op68_write_state3 = ((empty_n_4_reg_513 == 1'd1) & (empty_n_7_reg_508 == 1'd0) & (reset_reg_282 == 1'd0));
end

always @ (*) begin
    ap_predicate_op74_write_state3 = ((empty_n_6_reg_552 == 1'd1) & (empty_n_7_reg_508 == 1'd0) & (peek_first_half_load_1_reg_556 == 1'd0) & (reset_reg_282 == 1'd0));
end

always @ (*) begin
    ap_predicate_op77_write_state3 = ((peek_first_half_load_1_reg_556 == 1'd1) & (empty_n_6_reg_552 == 1'd1) & (empty_n_7_reg_508 == 1'd0) & (reset_reg_282 == 1'd0));
end

assign ap_ready = 1'b0;

assign app_input_data_V_data_V_write = app_input_data_V_len1_update;

assign app_input_data_V_eop_write = app_input_data_V_len1_update;

assign app_input_data_V_len1_status = (app_input_data_V_len_full_n & app_input_data_V_eop_full_n & app_input_data_V_data_V_full_n);

assign app_input_data_V_len_write = app_input_data_V_len1_update;

assign empty_n_4_fu_373_p1 = grp_nbread_fu_236_p4_0;

assign empty_n_6_fu_405_p1 = peek_virt_written_bytes_req_V_empty_n;

assign empty_n_7_fu_369_p1 = reset_app_input_data_mux_V_empty_n;

assign grp_nbread_fu_236_p4_0 = (read_mode_app_input_data_V_len_empty_n & read_mode_app_input_data_V_eop_empty_n & read_mode_app_input_data_V_data_V_empty_n);

assign grp_nbread_fu_246_p4_0 = (write_mode_app_input_data_V_len_empty_n & write_mode_app_input_data_V_eop_empty_n & write_mode_app_input_data_V_data_V_empty_n);

assign not_s_fu_467_p2 = (tmp_5_fu_461_p2 ^ 1'd1);

assign p_reset_1_fu_473_p2 = (not_s_fu_467_p2 & ap_phi_reg_pp0_iter1_reset_1_reg_318);

assign p_s_fu_480_p3 = ((tmp_5_fu_461_p2[0:0] === 1'b1) ? 32'd0 : reset_cnt_1_fu_455_p2);

assign peek_first_half_1_fu_415_p2 = (peek_first_half_fu_226 ^ 1'd1);

assign read_mode_app_input_data_V_data_V_read = read_mode_app_input_data_V_len0_update;

assign read_mode_app_input_data_V_eop_read = read_mode_app_input_data_V_len0_update;

assign read_mode_app_input_data_V_len_read = read_mode_app_input_data_V_len0_update;

assign reset_cnt_1_fu_455_p2 = (reset_cnt_fu_222 + 32'd1);

assign tmp_1_fu_436_p1 = ap_phi_mux_virt_written_bytes_2_phi_fu_308_p6[31:0];

assign tmp_5_fu_461_p2 = ((reset_cnt_1_fu_455_p2 == 32'd2048) ? 1'b1 : 1'b0);

assign tmp_s_fu_426_p1 = tmp_len_1_reg_541;

assign virt_written_bytes_1_fu_429_p2 = (virt_written_bytes_reg_294 + tmp_s_fu_426_p1);

assign write_mode_app_input_data_V_data_V_read = write_mode_app_input_data_V_len0_update;

assign write_mode_app_input_data_V_eop_read = write_mode_app_input_data_V_len0_update;

assign write_mode_app_input_data_V_len_read = write_mode_app_input_data_V_len0_update;

endmodule //app_input_data_mux